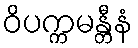
ဝိပက္ကမန္တီနံ